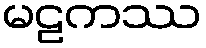
မဠကဿ